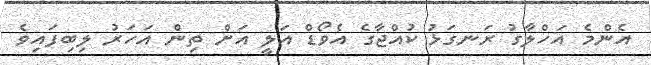
އެންމެ އަހްލާގު ރަނގަޅު ކުއްޖާގެ އެވޯޑް އަލީ އަށް ތިން އަހަރު ލިބިފައިވެ